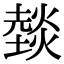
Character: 燅